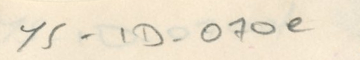
YS - 1D - 070e